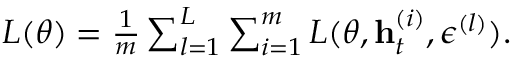
\begin{array} { r } { L ( \theta ) = \frac { 1 } { m } \sum _ { l = 1 } ^ { L } \sum _ { i = 1 } ^ { m } L ( \theta , \mathbf { h } _ { t } ^ { ( i ) } , \epsilon ^ { ( l ) } ) . } \end{array}